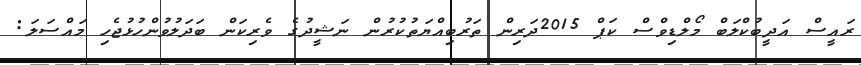
ރައީސް އަދީބުކްލަބް މޯލްޑިވްސް ކަޕް 2015ދަރިން ތަރުބިއްޔަތުކުރުން ނަޝީދުގެ ވެރިކަން ބަދަލުވުންހުޅުޖެހި މައްސަލަ: